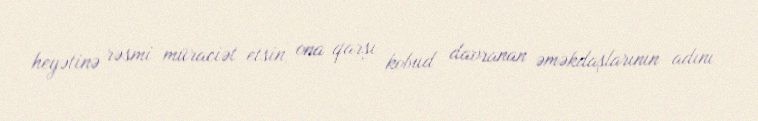
heyətinə rəsmi müraciət etsin, ona qarşı kobud davranan əməkdaşlarının adını